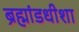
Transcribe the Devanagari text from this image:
ब्रह्मांडधीशा